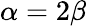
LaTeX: \alpha=2\beta